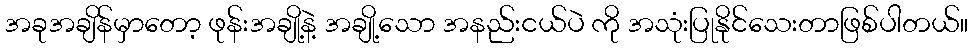
အခုအချိန်မှာတော့ ဖုန်းအချို့နဲ့ အချို့သော အနည်းငယ်ပဲ ကို အသုံးပြုနိုင်သေးတာဖြစ်ပါတယ်။